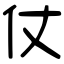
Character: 仗